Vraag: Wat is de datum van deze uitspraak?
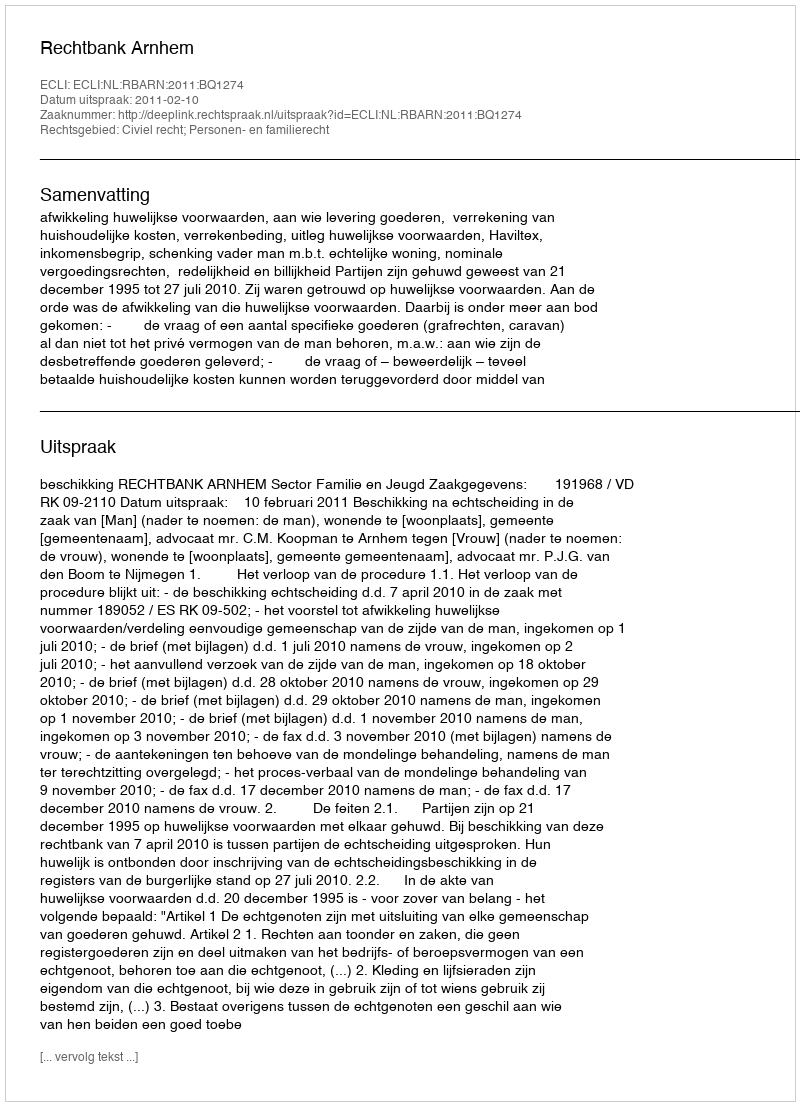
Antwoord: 2011-02-10